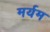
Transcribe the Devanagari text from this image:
मर्यम